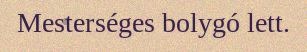
Mesterséges bolygó lett.